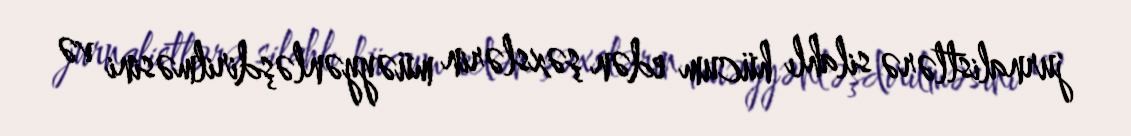
jurnalistlərə silahlı hücum edən şəxslərin müəyyənləşdirilməsini və